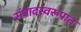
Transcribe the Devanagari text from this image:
संवादस्वरूपात